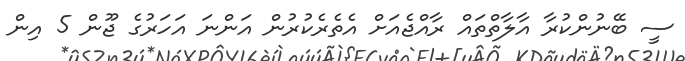
ސީ ބޭނުންކުރާ އާލާތްތައް ރާއްޖެއަށް އެތެރެކުރުން އަންނަ އަހަރުގެ ޖޫން 5 އިން